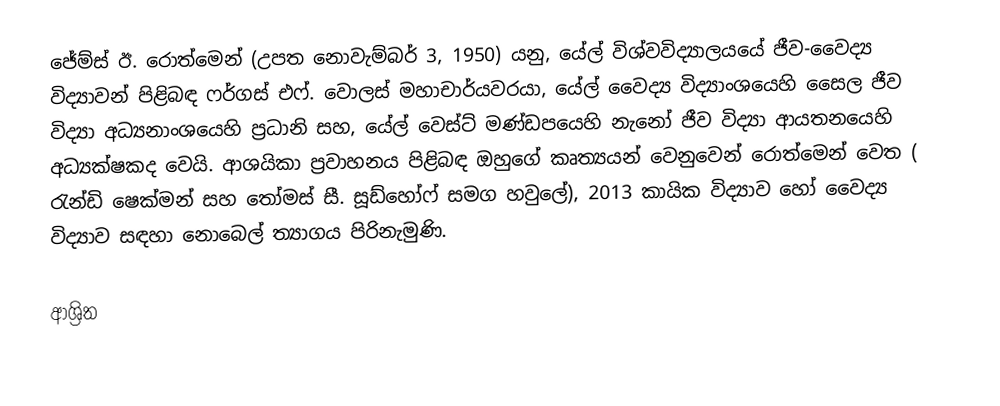
ජේම්ස් ඊ. රොත්මෙන් (උපත නොවැම්බර් 3, 1950) යනු, යේල් විශ්වවිද්‍යාලයයේ ජීව-වෛද්‍ය  විද්‍යාවන් පිළිබඳ ෆර්ගස්  එෆ්. වොලස් මහාචාර්යවරයා,  යේල් වෛද්‍ය විද්‍යාංශයෙහි සෛල ජීව විද්‍යා අධ්‍යනාංශයෙහි ප්‍රධානි සහ, යේල් වෙස්ට් මණ්ඩපයෙහි නැනෝ ජීව විද්‍යා ආයතනයෙහි අධ්‍යක්ෂකද වෙයි.  ආශයිකා ප්‍රවාහනය පිළිබඳ ඔහුගේ කෘත්‍යයන් වෙනුවෙන්  රොත්මෙන් වෙත ( රැන්ඩි ෂෙක්මන් සහ තෝමස් සී. සූඩ්හෝෆ් සමග හවුලේ), 2013 කායික විද්‍යාව හෝ වෛද්‍ය විද්‍යාව සඳහා නොබෙල් ත්‍යාගය පිරිනැමුණි.

ආශ්‍රිත